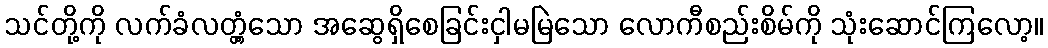
သင်တို့ကို လက်ခံလတ္တံ့သော အဆွေရှိစေခြင်းငှါမမြဲသော လောကီစည်းစိမ်ကို သုံးဆောင်ကြလော့။